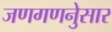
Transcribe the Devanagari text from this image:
जणगणनेुसार